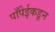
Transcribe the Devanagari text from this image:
पाँपेईकडून